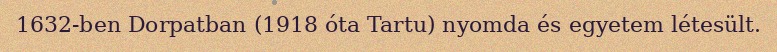
1632-ben Dorpatban (1918 óta Tartu) nyomda és egyetem létesült.